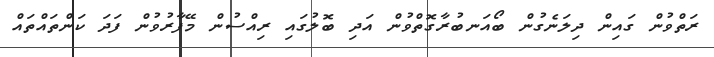
ރަތްވުން ގައިން ދިލަނެގުން ބޯއަނބުރާގޮތްވުން އަދި ބޮލުގައި ރިއްސުން މޭފާރުވުން ފަދަ ކަންތައްތައް